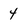
Character: 4